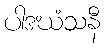
ပါဒဃံသနီ